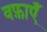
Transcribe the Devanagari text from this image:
वफ़ाएँ